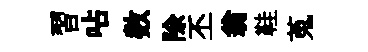
習呫数除丕翁鞋蒐